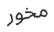
مخور